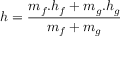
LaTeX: h = { \frac { m _ { f } . h _ { f } + m _ { g } . h _ { g } } { m _ { f } + m _ { g } } }